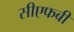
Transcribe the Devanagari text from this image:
सीएफबी